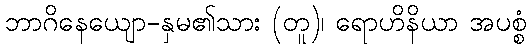
ဘာဂိနေယျော-နှမ၏သား (တူ)၊ ရောဟိနိယာ အပစ္စံ